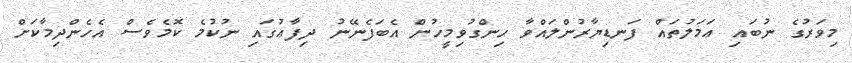
މިވަރުގެ ނުބައި ޢަމަލުތައް ފަނޑިޔާރުންލައްވާ ހިންގުވިމީހުން އެބަފެނޭނު ދިފާޢުގައި ނުކުމެ ކޮމެވެސް އެހެންދިމާކަށް